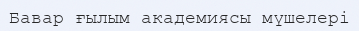
Бавар ғылым академиясы мүшелері